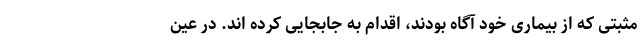
مثبتی که از بیماری خود آگاه بودند، اقدام به جابجایی کرده اند. در عین